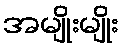
အမျိုးမျိုး